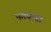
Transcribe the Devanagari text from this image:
भगवाड़ा